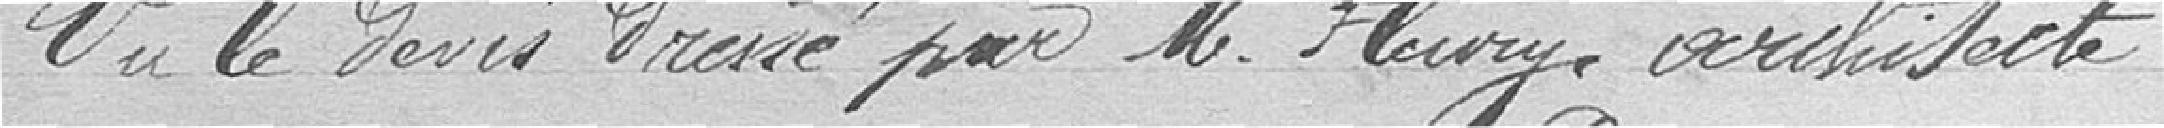
Vu le devis dressé par M. Fleury, architecte,